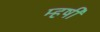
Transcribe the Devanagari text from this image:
म्हषी